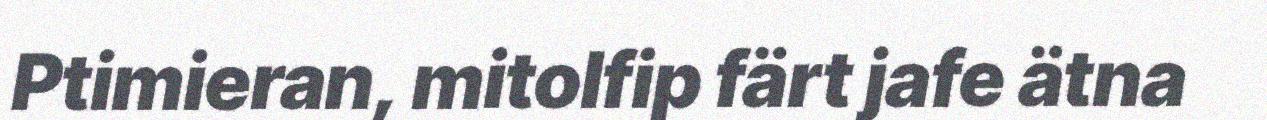
Ptimieran, mitolfip färt jafe ätna